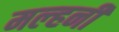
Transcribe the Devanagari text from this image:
मल्‍हनी